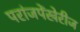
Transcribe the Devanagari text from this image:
परांजपेंखेरीज